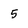
Character: 5